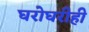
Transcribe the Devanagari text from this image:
घरोघरीही